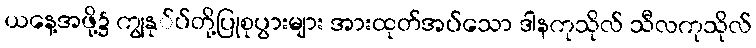
ယနေ့အဖို့၌ ကျွနု်ပ်တို့ပြုစုပွားများ အားထုတ်အပ်သော ဒါနကုသိုလ် သီလကုသိုလ်